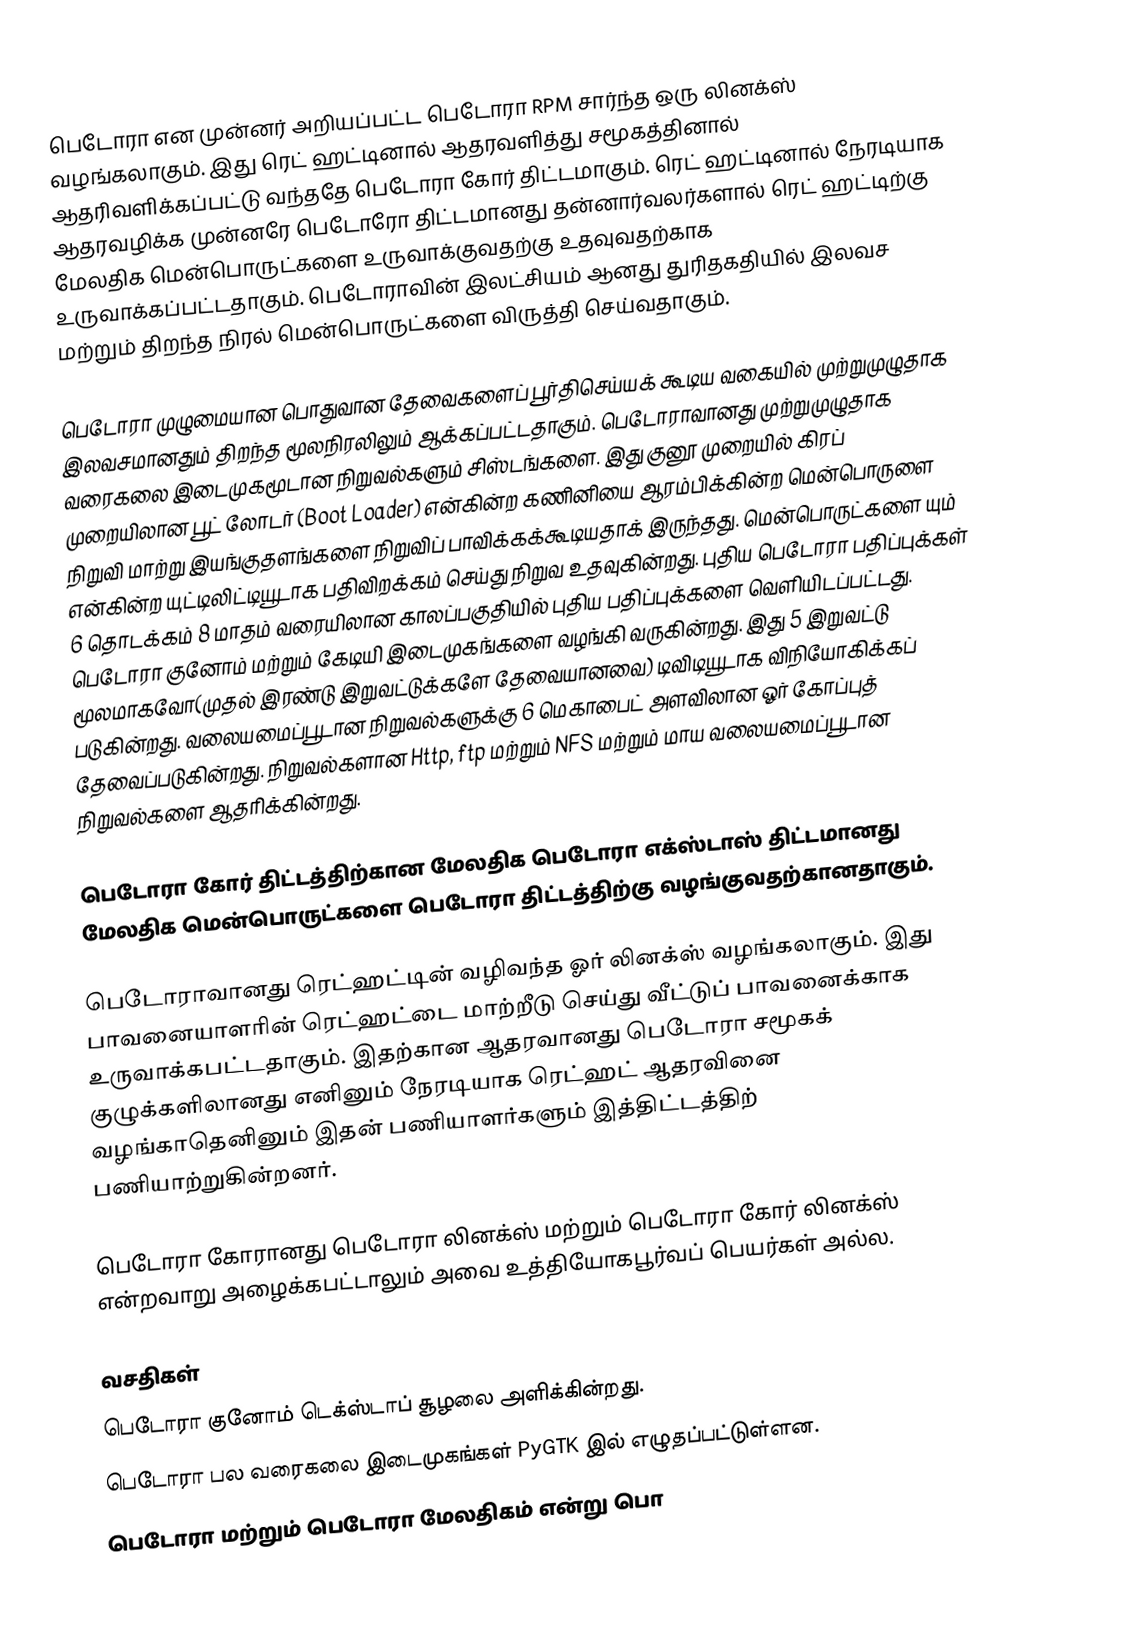
பெடோரா என முன்னர் அறியப்பட்ட பெடோரா RPM சார்ந்த ஒரு லினக்ஸ் வழங்கலாகும். இது ரெட் ஹட்டினால் ஆதரவளித்து சமூகத்தினால் ஆதரிவளிக்கப்பட்டு வந்ததே பெடோரா கோர் திட்டமாகும். ரெட் ஹட்டினால் நேரடியாக ஆதரவழிக்க முன்னரே பெடோரோ திட்டமானது  தன்னார்வலர்களால் ரெட் ஹட்டிற்கு மேலதிக மென்பொருட்களை உருவாக்குவதற்கு உதவுவதற்காக உருவாக்கப்பட்டதாகும். பெடோராவின் இலட்சியம் ஆனது துரிதகதியில் இலவச மற்றும் திறந்த நிரல் மென்பொருட்களை விருத்தி செய்வதாகும்.

பெடோரா முழுமையான பொதுவான தேவைகளைப் பூர்திசெய்யக் கூடிய வகையில் முற்றுமுழுதாக இலவசமானதும் திறந்த மூலநிரலிலும் ஆக்கப்பட்டதாகும். பெடோராவானது முற்றுமுழுதாக வரைகலை இடைமுகமூடான நிறுவல்களும் சிஸ்டங்களை. இது குனூ முறையில் கிரப் முறையிலான பூட் லோடர் (Boot Loader) என்கின்ற கணினியை ஆரம்பிக்கின்ற மென்பொருளை நிறுவி மாற்று இயங்குதளங்களை நிறுவிப் பாவிக்கக்கூடியதாக் இருந்தது.  மென்பொருட்களை யும் என்கின்ற யுட்டிலிட்டியூடாக பதிவிறக்கம் செய்து நிறுவ உதவுகின்றது. புதிய பெடோரா பதிப்புக்கள் 6 தொடக்கம் 8 மாதம் வரையிலான காலப்பகுதியில் புதிய பதிப்புக்களை வெளியிடப்பட்டது. பெடோரா குனோம் மற்றும் கேடியி இடைமுகங்களை வழங்கி வருகின்றது.  இது 5 இறுவட்டு மூலமாகவோ(முதல் இரண்டு இறுவட்டுக்களே தேவையானவை) டிவிடியூடாக விநியோகிக்கப் படுகின்றது. வலையமைப்பூடான நிறுவல்களுக்கு 6 மெகாபைட் அளவிலான ஓர் கோப்புத் தேவைப்படுகின்றது. நிறுவல்களான Http, ftp மற்றும் NFS மற்றும் மாய வலையமைப்பூடான நிறுவல்களை ஆதரிக்கின்றது.

பெடோரா கோர் திட்டத்திற்கான மேலதிக பெடோரா எக்ஸ்டாஸ் திட்டமானது மேலதிக மென்பொருட்களை பெடோரா திட்டத்திற்கு வழங்குவதற்கானதாகும்.

பெடோராவானது ரெட்ஹட்டின் வழிவந்த ஓர் லினக்ஸ் வழங்கலாகும். இது பாவனையாளரின் ரெட்ஹட்டை மாற்றீடு செய்து வீட்டுப் பாவனைக்காக உருவாக்கபட்டதாகும். இதற்கான ஆதரவானது பெடோரா சமூகக் குழுக்களிலானது எனினும் நேரடியாக ரெட்ஹட் ஆதரவினை வழங்காதெனினும் இதன் பணியாளர்களும் இத்திட்டத்திற் பணியாற்றுகின்றனர்.

பெடோரா கோரானது பெடோரா லினக்ஸ் மற்றும் பெடோரா கோர் லினக்ஸ் என்றவாறு அழைக்கபட்டாலும் அவை  உத்தியோகபூர்வப் பெயர்கள் அல்ல.

வசதிகள்
 பெடோரா  குனோம் டெக்ஸ்டாப் சூழலை அளிக்கின்றது.
 பெடோரா பல வரைகலை இடைமுகங்கள் PyGTK இல் எழுதப்பட்டுள்ளன.
 பெடோரா மற்றும் பெடோரா மேலதிகம் என்று பொ